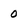
Character: 0